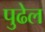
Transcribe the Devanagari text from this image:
पुढेल